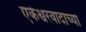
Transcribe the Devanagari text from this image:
एकेश्वरवादाच्या